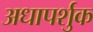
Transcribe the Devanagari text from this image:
अधापर्शुक